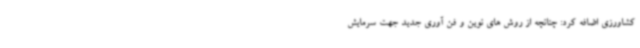
کشاورزی اضافه کرد: چنانچه از روش های نوین و فن آوری جدید جهت سرمایش